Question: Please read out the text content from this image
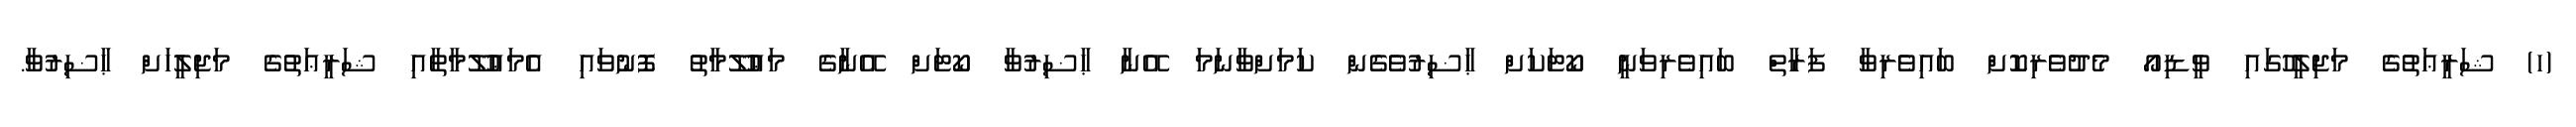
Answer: (ހ) ޝަރީޢަތުގެ މަޖިލީހުގައި ވީޑިއޯ މެދުވެރިކޮށް ބައިވެރިވާ ފަރާތް ބައިވެރިވަނީ ކޯޓަކަށް ޙާޟިރުވެގެން ކަމަށްވާނަމަ އޭނާ ޙާޟިރުވާ ކޯޓަށް އޭނާގެ މަޢުލޫމާތު ފޮނުވައި އެމަޢުލޫމާތާއި ޝަރީޢަތުގެ މަޖިލީހަށް ޙާޟިރުވާ.